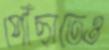
পৌঁছাতেও